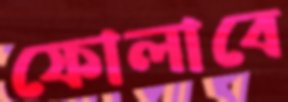
ফোলাবে